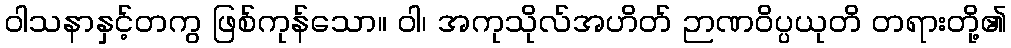
ဝါသနာနှင့်တကွ ဖြစ်ကုန်သော။ ဝါ၊ အကုသိုလ်အဟိတ် ဉာဏဝိပ္ပယုတိ တရားတို့၏